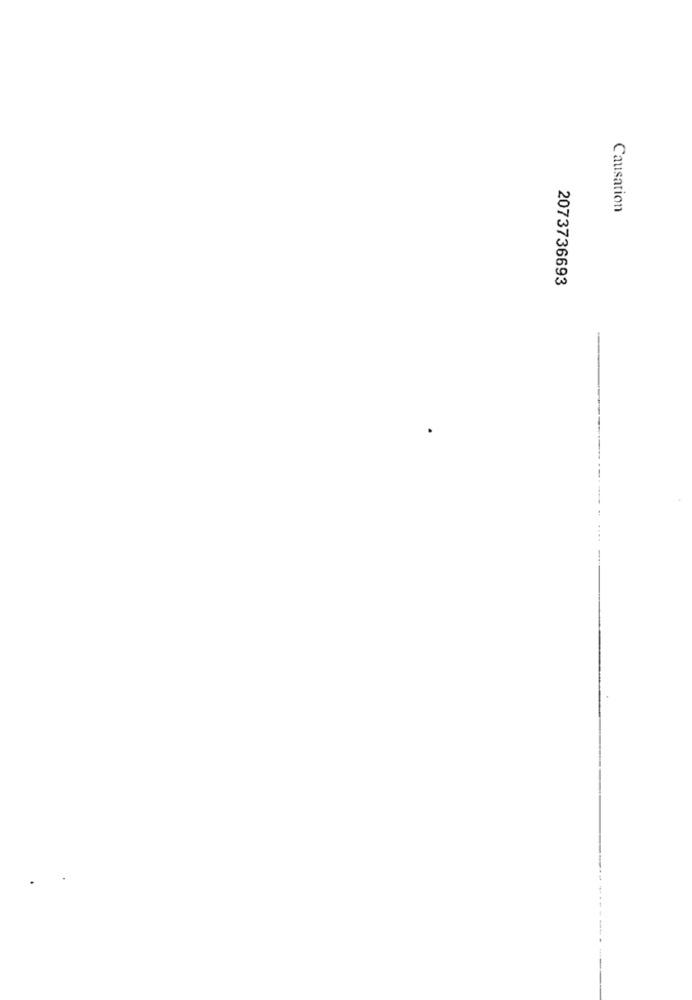
Causation
2073736693